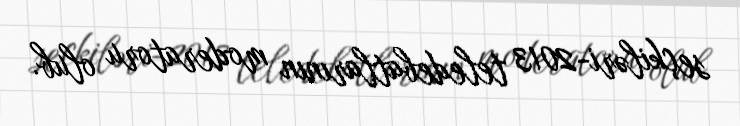
seçkiləri-2013 teledebatlarının moderatoru olub.